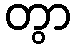
တွာ